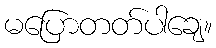
မပြောတတ်ပါချေ။